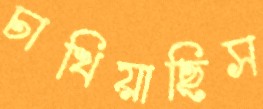
চাখিয়াছিস